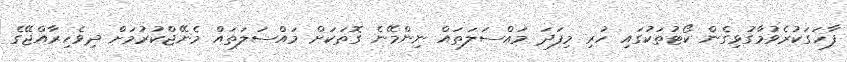
ފާހަގަކުރެވުމާގުޅިގެން ކޯޓުތަކުގައި ހުރި މިފަދަ މައްސަލަތައް ނިންމޭނެ ގޮތަކަށް މައްސަލަތައް މެނޭޖްކުރުމަށް ދިވެހިރާއްޖޭގެ